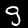
Digit: 9